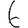
Digit: 6